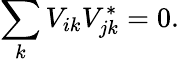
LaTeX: \sum_{k}V_{ik}V_{jk}^{*}=0.